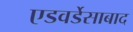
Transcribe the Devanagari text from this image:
एडवर्डेसाबाद